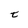
Character: t